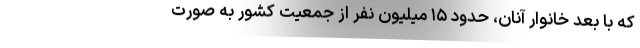
که با بُعد خانوار آنان، حدود ۱۵ میلیون نفر از جمعیت کشور به صورت